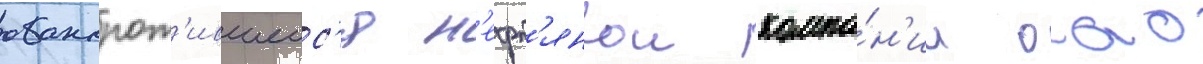
обанкрот'ившеис'я н'ефт'янои компа́н'ии оао